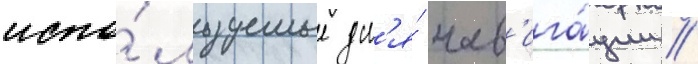
испо́льзуемые дл'я́ нав'ига́ции //